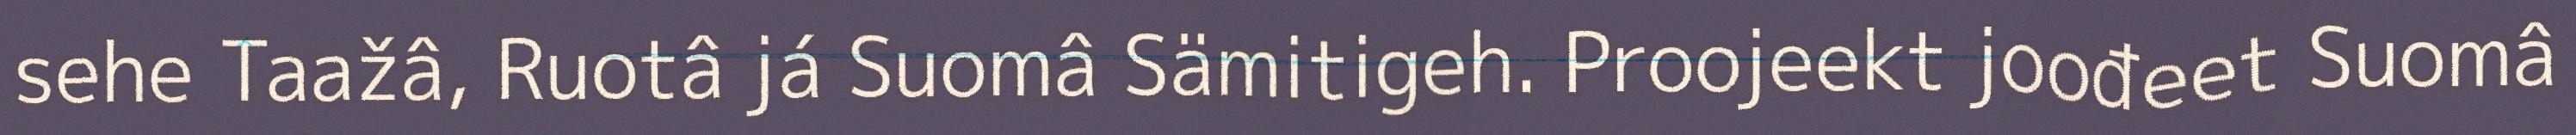
sehe Taažâ, Ruotâ já Suomâ Sämitigeh. Proojeekt joođeet Suomâ